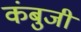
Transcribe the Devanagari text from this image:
कंबुजी